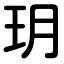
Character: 玥